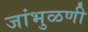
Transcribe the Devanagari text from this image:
जांभुळणी